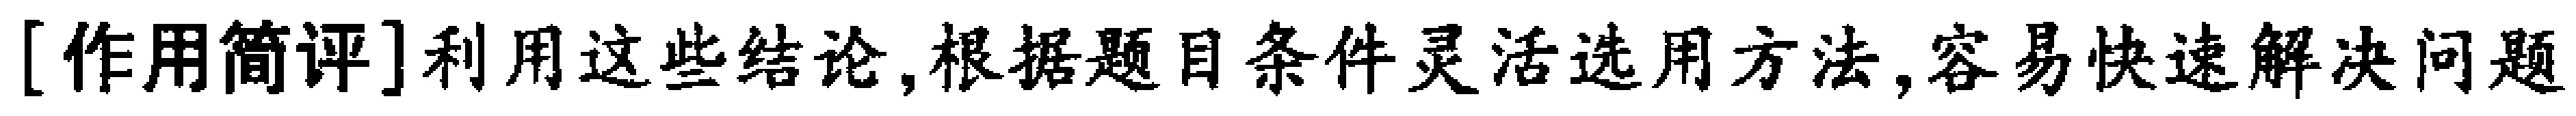
[作用简评]利用这些结论,根据题目条件灵活选用方法,容易快速解决问题